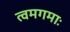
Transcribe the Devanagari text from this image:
त्वमगमाः